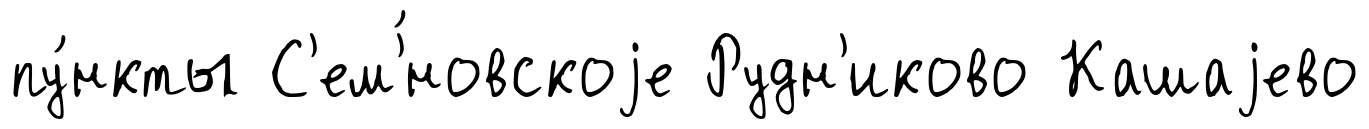
пу́нкты С'ем'́новскоjе Рудн'иково Кашаjево